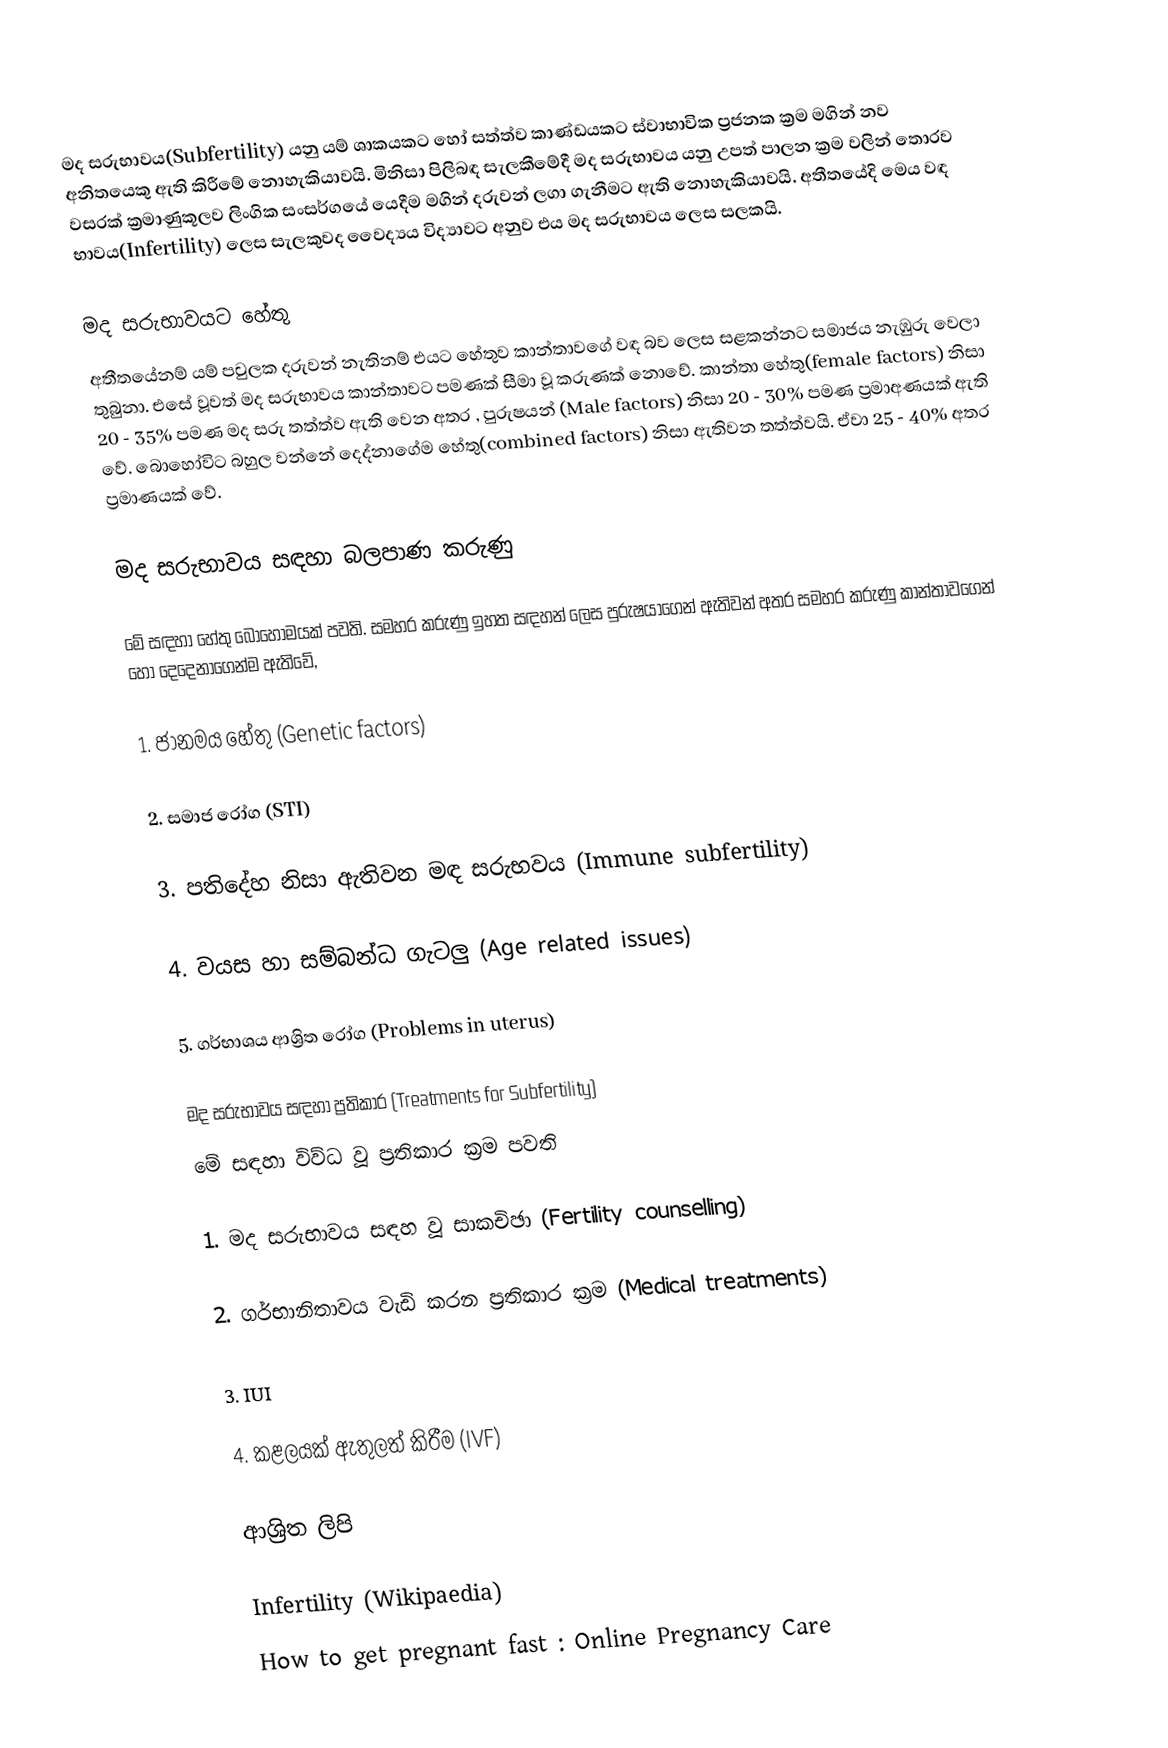
මද සරුභාවය(Subfertility) යනු යම් ශාකයකට හෝ සත්ත්ව කාණ්ඩයකට ස්වාභාවික ප්‍රජනක ක්‍රම මගින් නව අනිතයෙකු ඇති කිරීමේ නොහැකියාවයි. මිනිසා පිලිබඳ සැලකීමේදී මද සරුභාවය යනු උපත් පාලන ක්‍රම වලින් තොරව වසරක් ක්‍රමාණුකූලව ලිංගික සංසර්ගයේ යෙදීම මගින් දරුවන් ලගා ගැනීමට ඇති නොහැකියාවයි. අතීතයේදි මෙය වඳ භාවය(Infertility) ලෙස සැලකුවද වෛද්‍යය විද්‍යාවට අනුව එය මද සරුභාවය ලෙස සලකයි.

මද සරුභාවයට හේතු
අතීතයේනම් යම් පවුලක දරුවන් නැතිනම් එයට හේතුව කාන්තාවගේ වඳ බව ලෙස සළකන්නට සමාජය නැඹුරු වෙලා තුබුනා. එසේ වූවත් මද සරුභාවය කාන්තාවට පමණක් සීමා වූ කරුණක් නොවේ. කාන්තා හේතු(female factors)  නිසා 20 - 35% පමණ මද සරු තත්ත්ව ඇති වෙන අතර , පුරුෂයන් (Male factors) නිසා 20 - 30% පමණ ප්‍රමාඅණයක් ඇති වේ. බොහෝවිට බහුල වන්නේ දෙද්නාගේම හේතු(combined factors)  නිසා ඇතිවන තත්ත්වයි. ඒවා 25 - 40% අතර ප්‍රමාණයක් වේ.

මද සරුභාවය සඳහා බලපාණ කරුණු

මේ සඳහා හේතු බොහොමයක් පවති. සමහර කරුණු ඉහත සඳහන් ලෙස පුරුෂයාගෙන් ඇතිවන් අතර සමහර කරුණු කාන්තාවගෙන් හෝ දෙදෙනාගෙන්ම ඇතිවේ,

1. ජානමය හේතු (Genetic factors)

2. සමාජ රෝග (STI)

3. පතිදේහ නිසා ඇතිවන මඳ සරුභවය (Immune subfertility)

4. වයස හා සම්බන්ධ ගැටලු (Age related issues)

5. ගර්භාශය ආශ්‍රිත රෝග (Problems in uterus)

මද සරුභාවය සඳහා ප්‍රතිකාර (Treatments for Subfertility)
මේ සඳහා විව්ධ වූ ප්‍රතිකාර ක්‍රම පවති

1. මද සරුභාවය සඳහ වූ සාකචිඡා (Fertility counselling)

2. ගර්භානිතාවය වැඩි කරන ප්‍රතිකාර ක්‍රම (Medical treatments)

3. IUI

4. කළලයක් ඇතුලත් කිරීම (IVF)

ආශ්‍රිත ලිපි

 Infertility (Wikipaedia)
 How to get pregnant fast : Online Pregnancy Care